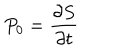
P _ { 0 } = \frac { \partial S } { \partial t }